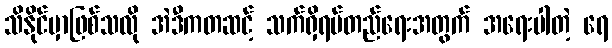
သိနိုင်မှာဖြစ်သလို အဲဒီကတဆင့် သက်ရှိရပ်တည်ရေးအတွက် အရေးပါတဲ့ ရေ